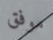
موفق